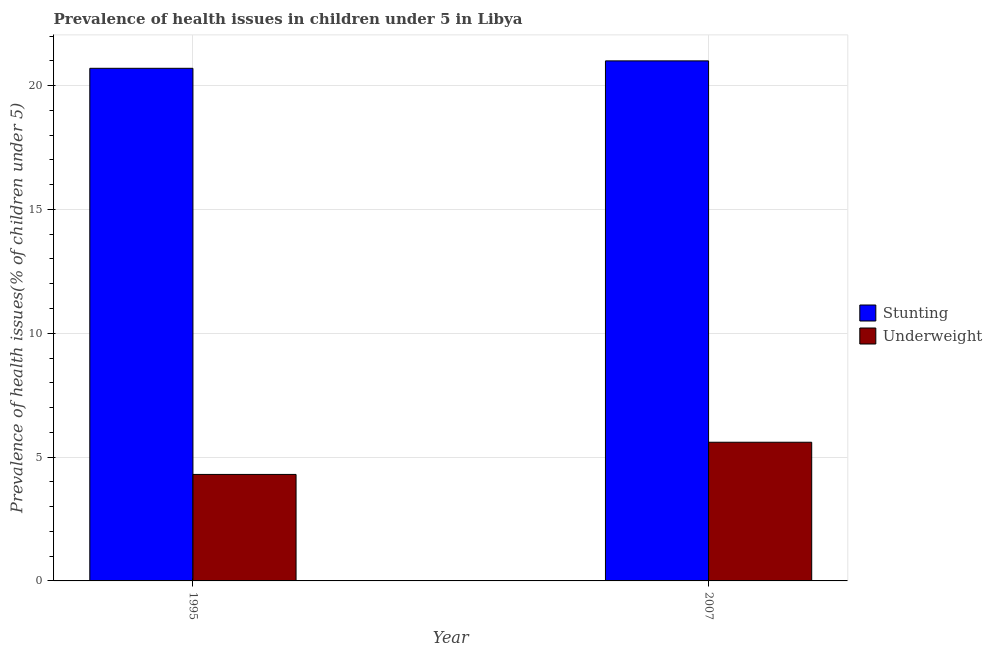
| Year | Stunting | Underweight |
 | --- | --- | --- |
 | 1995 | 20.7 | 4.3 |
 | 2007 | 21 | 5.6 |